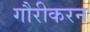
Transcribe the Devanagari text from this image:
गौरीकरन